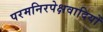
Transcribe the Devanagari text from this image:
परमनिरपेक्षवादियों